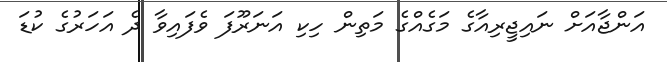
އަންޖާއަށް ނައިޖީރިއާގެ މަގެއްގެ މަތިން ހިކި އަނަރޫފަ ވެފައިވާ ދެ އަހަރުގެ ކުޑަ